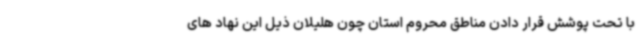
با تحت پوشش قرار دادن مناطق محروم استان چون هلیلان ذیل این نهاد های